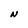
Character: N